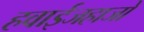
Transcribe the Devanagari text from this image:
हवाईजहाजो